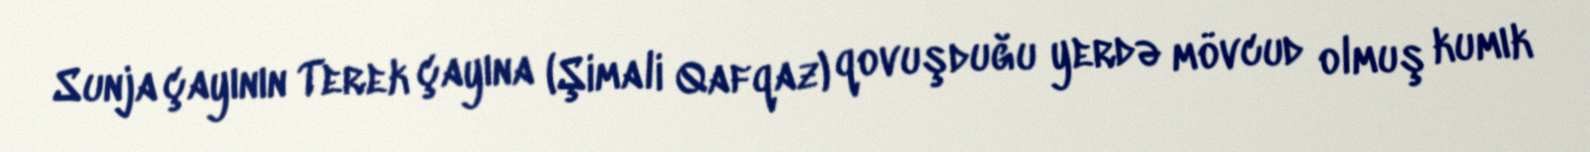
Sunja çayının Terek çayına (Şimali Qafqaz) qovuşduğu yerdə mövcud olmuş kumık